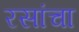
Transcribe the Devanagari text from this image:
रसांचा